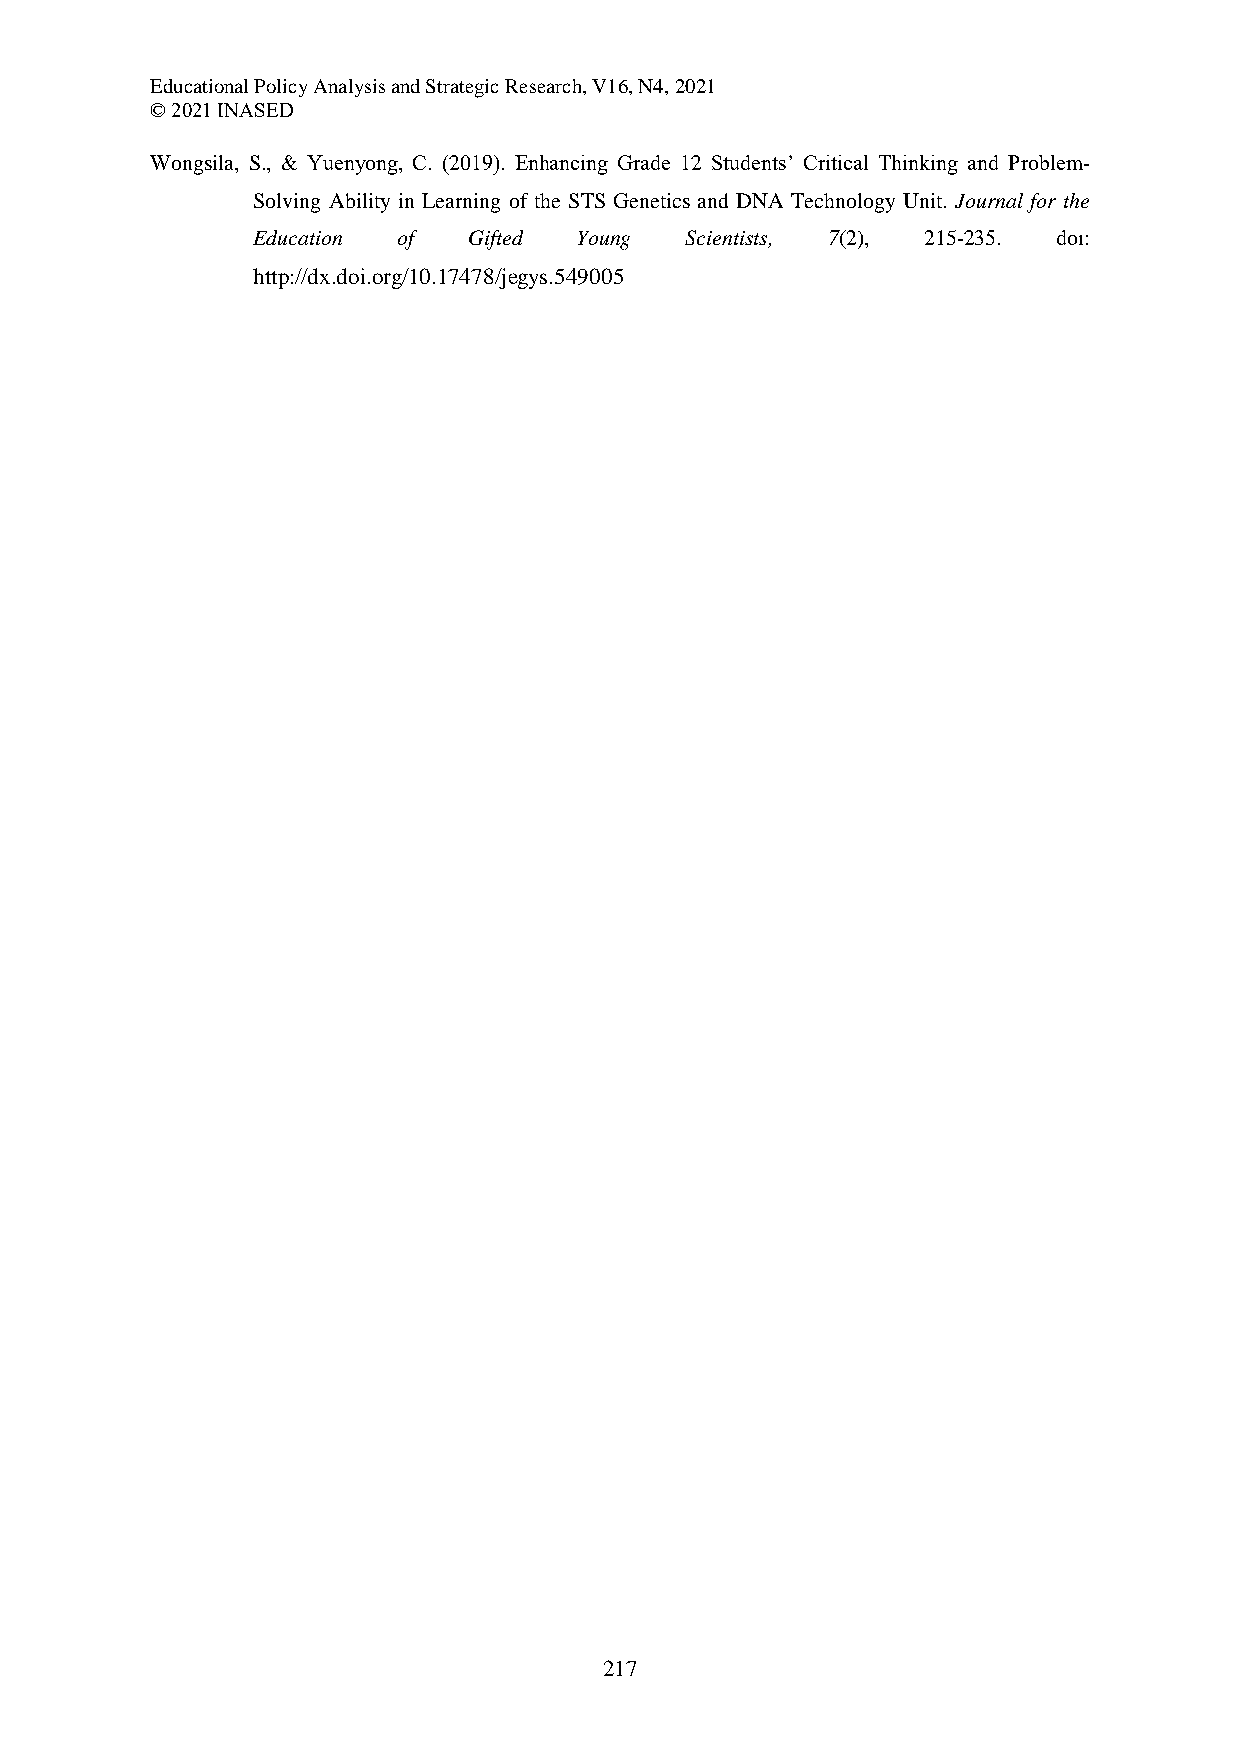
Educational Policy Analysis and Strategic Research, V16, N4, 2021
 © 2021 INASED
 Wongsila, S., & Yuenyong, C. (2019). Enhancing Grade 12 Students’ Critical Thinking and Problem-
 Solving Ability in Learning of the STS Genetics and DNA Technology Unit. Journal for the
 Education of  Gifted Young  Scientists, 7(2), 215-235. doı:
 http://dx.doi.org/10.17478/jegys.549005
 217